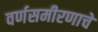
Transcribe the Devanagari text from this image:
वर्णसमीरणाचे